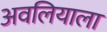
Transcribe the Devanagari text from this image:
अवलियाला